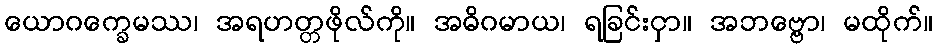
ယောဂက္ခေမဿ၊ အရဟတ္တဖိုလ်ကို။ အဓိဂမာယ၊ ရခြင်းငှာ။ အဘဗ္ဗော၊ မထိုက်။